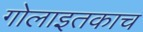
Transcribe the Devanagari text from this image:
गोलाइतकाच